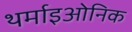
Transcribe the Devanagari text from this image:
थर्माइओनिक